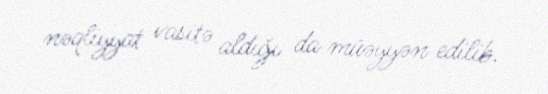
nəqliyyat vasitə aldığı da müəyyən edilib.